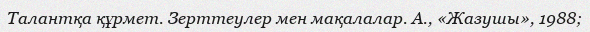
Талантқа құрмет. Зерттеулер мен мақалалар. А., «Жазушы», 1988;